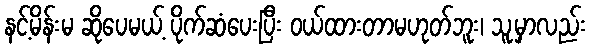
နင့်မိန်းမ ဆိုပေမယ့် ပိုက်ဆံပေးပြီး ဝယ်ထားတာမဟုတ်ဘူး၊ သူ့မှာလည်း